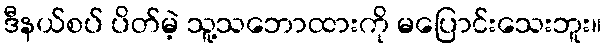
ဒီနယ်စပ် ပိတ်မဲ့ သူ့သဘောထားကို မပြောင်းသေးဘူး။